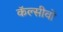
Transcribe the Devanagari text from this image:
कॅल्सीवो